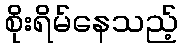
စိုးရိမ်နေသည့်